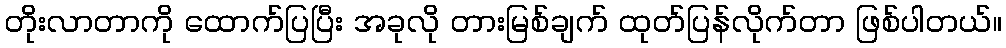
တိုးလာတာကို ထောက်ပြပြီး အခုလို တားမြစ်ချက် ထုတ်ပြန်လိုက်တာ ဖြစ်ပါတယ်။